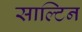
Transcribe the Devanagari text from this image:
साल्टिन